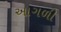
આગળી